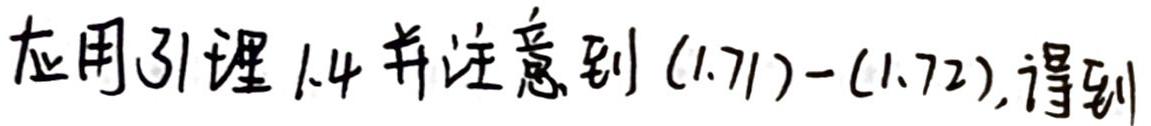
应用引理1.4并注意到(1.71)-(1.72),得到